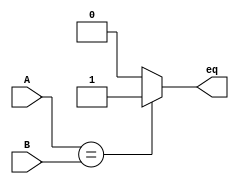
module BranchPredictor (input [31:0] A, B, output eq);
  assign eq = ( A == B ) ? 1'b1 : 1'b0;
endmodule